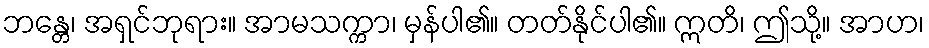
ဘန္တေ၊ အရှင်ဘုရား။ အာမသက္ကာ၊ မှန်ပါ၏။ တတ်နိုင်ပါ၏။ ဣတိ၊ ဤသို့။ အာဟ၊